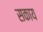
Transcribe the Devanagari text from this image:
सकाय